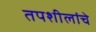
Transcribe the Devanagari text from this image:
तपशीलांचे